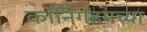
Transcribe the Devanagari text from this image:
कॉनिंगहमच्या